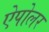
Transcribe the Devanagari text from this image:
ऐपोलर